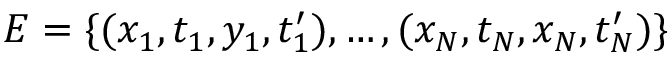
{ \cal E } = \{ ( x _ { 1 } , t _ { 1 } , y _ { 1 } , t _ { 1 } ^ { \prime } ) , \ldots , ( x _ { N } , t _ { N } , x _ { N } , t _ { N } ^ { \prime } ) \}